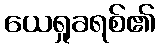
ယေရှုခရစ်၏